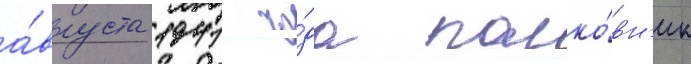
а́вгуста 1941 го́да полко́вн'ик